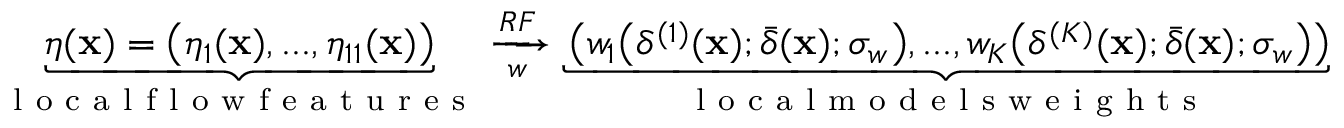
\underbrace { \boldsymbol { \eta } ( \mathbf { x } ) = \bigl ( \eta _ { 1 } ( \mathbf { x } ) , . . . , \eta _ { 1 1 } ( \mathbf { x } ) \bigr ) } _ { \mathrm { ~ l ~ o ~ c ~ a ~ l ~ f ~ l ~ o ~ w ~ f ~ e ~ a ~ t ~ u ~ r ~ e ~ s ~ } } \xrightarrow [ w ] { R F } \underbrace { \left( w _ { 1 } \bigl ( \delta ^ { ( 1 ) } ( \mathbf { x } ) ; \bar { \delta } ( \mathbf { x } ) ; \sigma _ { w } \bigr ) , . . . , w _ { K } \bigl ( \delta ^ { ( K ) } ( \mathbf { x } ) ; \bar { \delta } ( \mathbf { x } ) ; \sigma _ { w } \bigr ) \right) } _ { \mathrm { ~ l ~ o ~ c ~ a ~ l ~ m ~ o ~ d ~ e ~ l ~ s ~ w ~ e ~ i ~ g ~ h ~ t ~ s ~ } }